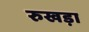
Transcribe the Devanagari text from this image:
रुखड़ा